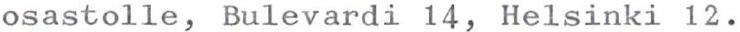
osastolle, Bulevardi 14, Helsinki 12.